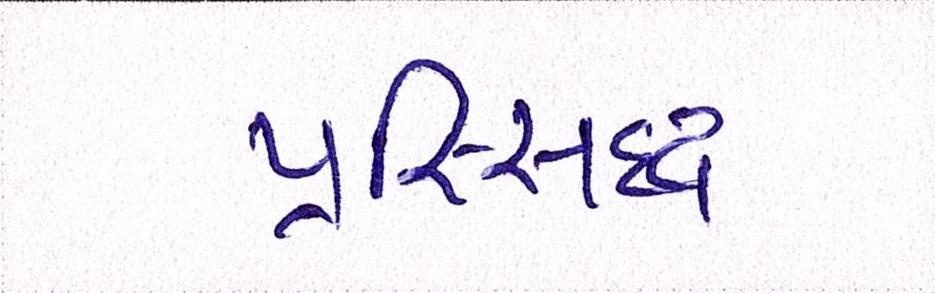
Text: પ્રસ્સિદ્ધ